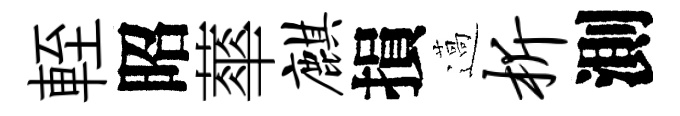
輊昭蕐麒損薖析測